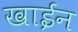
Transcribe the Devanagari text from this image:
खाईन